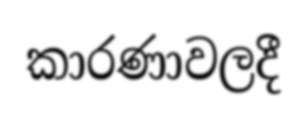
කාරණාවලදී